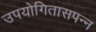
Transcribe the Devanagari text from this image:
उपयोगितासपन्न